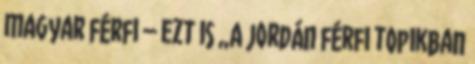
magyar férfi – ezt is „A jordán férfi topikban